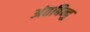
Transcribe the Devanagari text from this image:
अंतबिन्दु